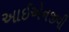
આઈએનજીવી